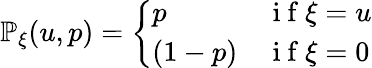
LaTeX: \begin{array}{r}{\mathbb{P}_{\xi}(u,p)=\left\{ \begin{array}{ll}{p}&{\mathrm{~i~f~}\xi=u}\\ {(1-p)}&{\mathrm{~i~f~}\xi=0}\end{array}\right.}\end{array}